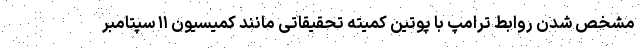
مشخص شدن روابط ترامپ با پوتین کمیته تحقیقاتی مانند کمیسیون ۱۱ سپتامبر